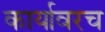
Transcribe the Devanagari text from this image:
कार्यावरच